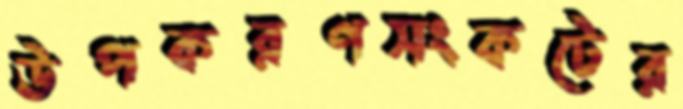
উপকরণসংকটের